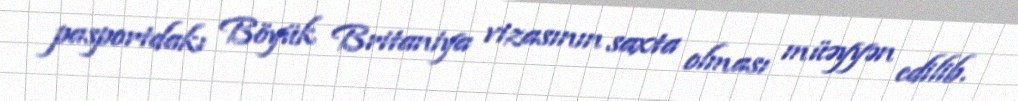
pasportdakı Böyük Britaniya vizasının saxta olması müəyyən edilib.